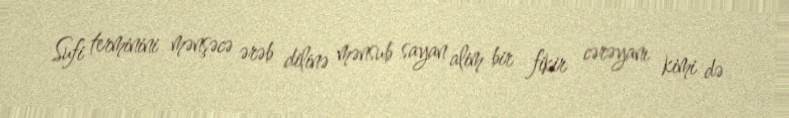
Sufi terminini mənşəcə ərəb dilinə mənsub sayan alim bir fikir cərəyanı kimi də